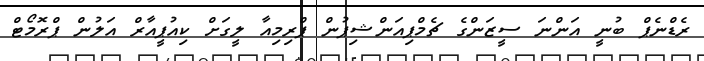
ރެޑްނެޕް ބުނީ އަންނަ ސީޒަންގެ ޗެމްޕިއަންޝިޕުން ޕްރިމިއާ ލީގަށް ކިއުޕީއާރް އަލުން ޕްރޮމޯޓް